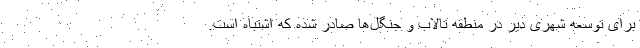
برای توسعه شهری دیّر در منطقه تالاب و جنگل‌ها صادر شده که اشتباه است.